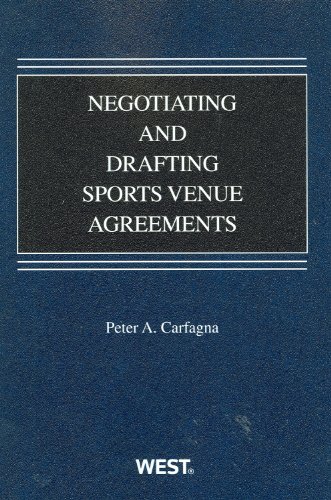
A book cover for Negotiating and Drafting Sports Venue Agreements (American Casebook Series); Peter Carfagna; Law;